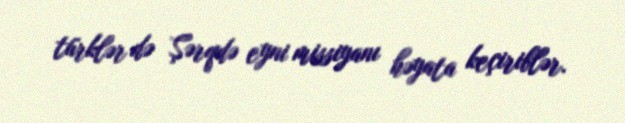
türklər də Şərqdə eyni missiyanı həyata keçiriblər.